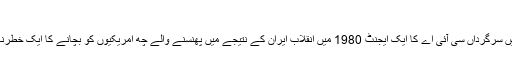
آرگو، 2012 (Argo)
ایک ہولی وڈ پروڈیوسر کے بہروپ میں ایک سائنس فکشن فلم کی لوکیشن کی تلاش میں سرگرداں سی آئی اے کا ایک ایجنٹ 1980 میں انقلاب ایران کے نتیجے میں پھنسنے والے چھ امریکیوں کو بچانے کا ایک خطرناک آپریشن شروع کرتا ہے، بین ایفلک اس سی آئی اے ایجنٹ کے روپ میں نظر آئے۔